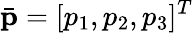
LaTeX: \bar{\mathbf p}=[p_{1},p_{2},p_{3}]^{T}